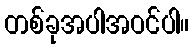
တစ်ခုအပါအဝင်ပါ။